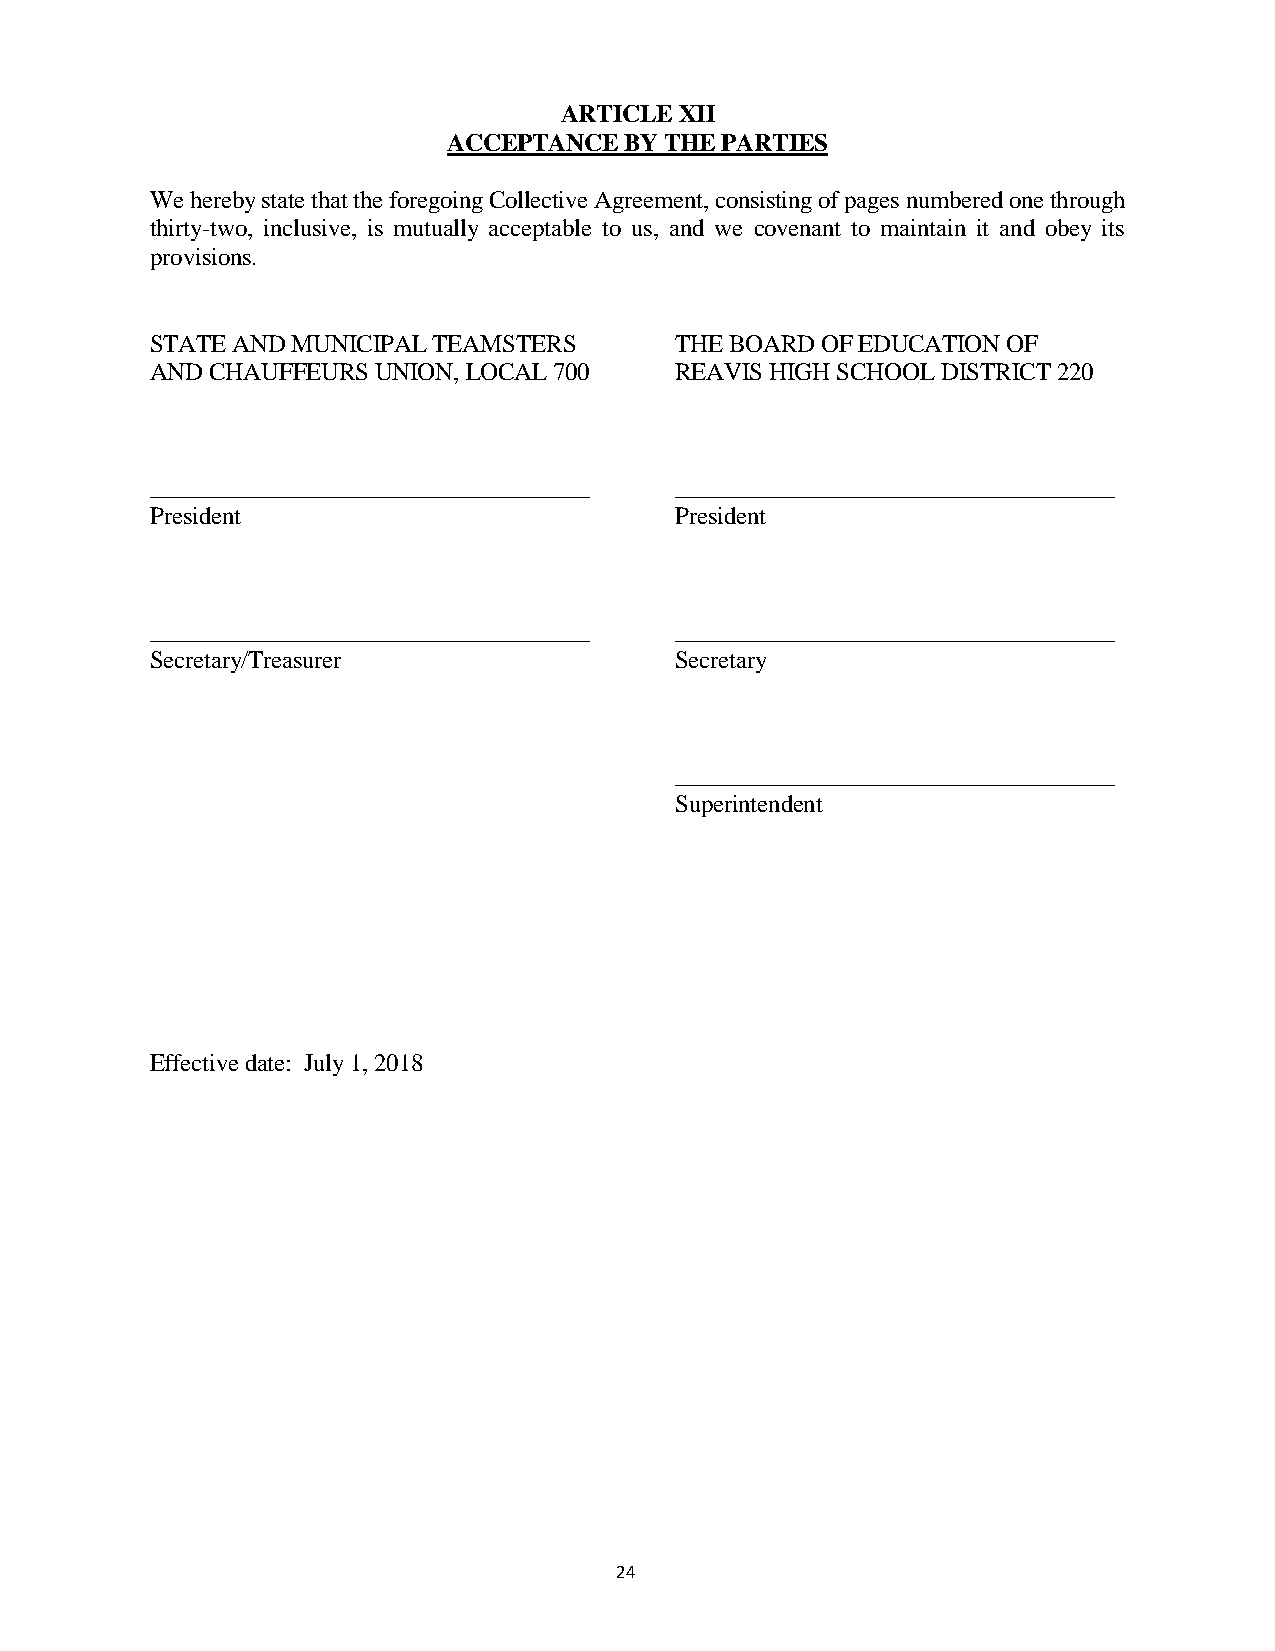
ARTICLE XII
 ACCEPTANCE BY THE PARTIES
 We hereby state that the foregoing Collective Agreement, consisting of pages numbered one through
 thirty-two, inclusive, is mutually acceptable to us, and we covenant to maintain it and obey its
 provisions.
 STATE AND MUNICIPAL TEAMSTERS      THE BOARD OF EDUCATION OF
 AND CHAUFFEURS UNION, LOCAL 700    REAVIS HIGH SCHOOL DISTRICT 220
 ____________________________________ ____________________________________
 President                          President
 ____________________________________ ____________________________________
 Secretary/Treasurer                Secretary
 ____________________________________
 Superintendent
 Effective date: July 1, 2018
 24